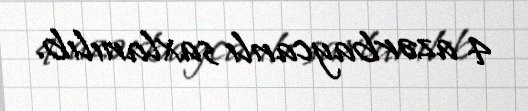
4 azərbaycanlı saxlanılıb.